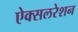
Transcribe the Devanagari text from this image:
ऐक्सलरेशन